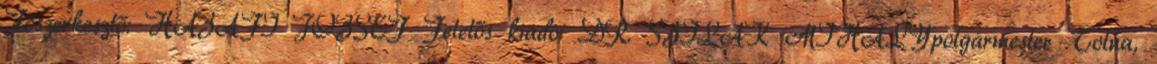
Főszerkesztő: HAZAFI JÓZSEF Felelős kiadó: DR. SZILÁK MIHÁLYpolgármester Tolna,